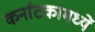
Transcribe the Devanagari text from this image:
कर्नाटकामध्यें